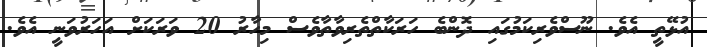
އުޅޭތީ އެވެ. ނޫސްވެރިކަމުގައި ދޮންބެ ހަރަކާތްތެރިވާތާވެސް މިހާރު 20 ވަރަކަށް އަހަރުވަނީ އެވެ.